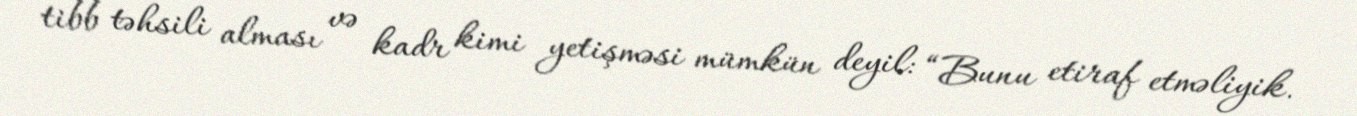
tibb təhsili alması və kadr kimi yetişməsi mümkün deyil: “Bunu etiraf etməliyik.